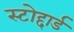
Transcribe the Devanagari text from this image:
स्टोद्दार्ड